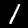
Digit: 1